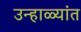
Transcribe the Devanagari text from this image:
उन्हाळ्यांत